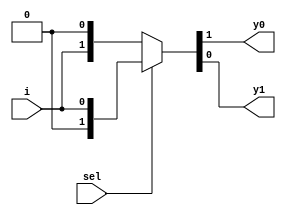
module demux2_1(input i,sel,output y0,y1);
  assign {y0,y1}=sel?{1'b0,i}:{i,1'b0};
endmodule